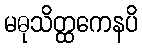
မဓုသိတ္ထကေနပိ